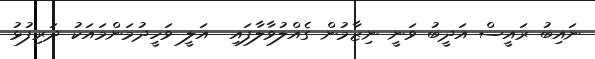
ނައިބު ރައީސް އަދީބު ވަނީ ނިޒާމުން ގެއްލުވާލާފައި  އަލީ ވަހީދުމަންމައަކު ދަރިފުޅު